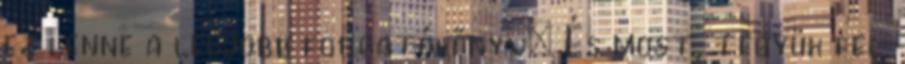
ez lenne a legjobb forgatókönyv: És most, tegyük fel,